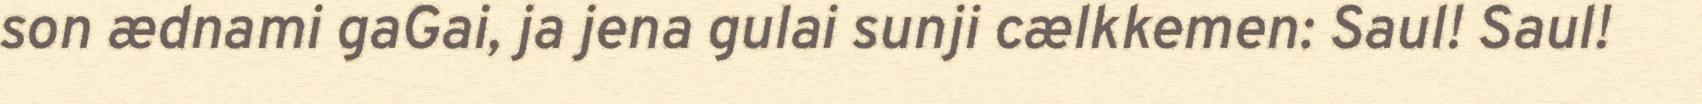
son ædnami gaGai, ja jena gulai sunji cælkkemen: Saul! Saul!